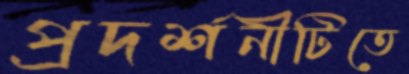
প্রদর্শনীটিতে